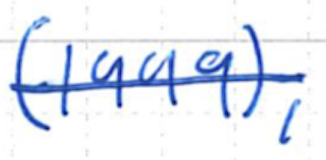
Text: (1999),
Cross-out: single-line
Writing tool: ballpoint